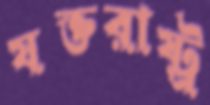
যক্তরাষ্ট্র